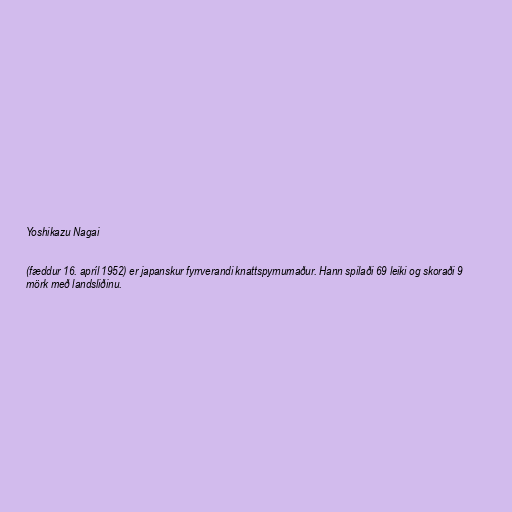
Yoshikazu Nagai

(fæddur 16. apríl 1952) er japanskur fyrrverandi knattspyrnumaður. Hann spilaði 69 leiki og skoraði 9
mörk með landsliðinu.